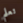
تعلم